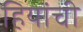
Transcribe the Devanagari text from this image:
हियांची